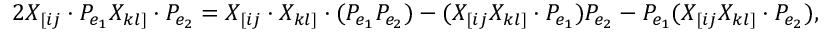
2 X _ { [ i j } \cdot P _ { e _ { 1 } } X _ { k l ] } \cdot P _ { e _ { 2 } } = X _ { [ i j } \cdot X _ { k l ] } \cdot ( P _ { e _ { 1 } } P _ { e _ { 2 } } ) - ( X _ { [ i j } X _ { k l ] } \cdot P _ { e _ { 1 } } ) P _ { e _ { 2 } } - P _ { e _ { 1 } } ( X _ { [ i j } X _ { k l ] } \cdot P _ { e _ { 2 } } ) ,